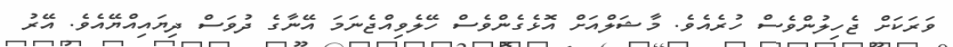
ވަރަކަށް ޖެހިލުންވެސް ހުރެއެވެ. މާޝަލްއަށް އޮޅެގެންވެސް ހޭލެވިއްޖެނަމަ އޭނާގެ ދުވަސް ދިޔައިއްޔޭއެވެ. އޭރު